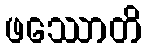
ဖဿောတိ